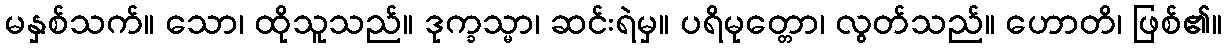
မနှစ်သက်။ သော၊ ထိုသူသည်။ ဒုက္ခသ္မာ၊ ဆင်းရဲမှ။ ပရိမုတ္တော၊ လွတ်သည်။ ဟောတိ၊ ဖြစ်၏။